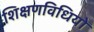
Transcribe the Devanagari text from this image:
शिक्षणविधियों